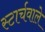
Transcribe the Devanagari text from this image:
स्टार्चवाले